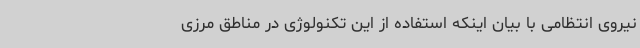
نیروی انتظامی با بیان اینکه استفاده از این تکنولوژی در مناطق مرزی